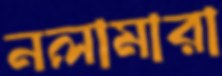
নলামারা